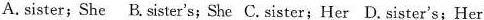
A. sister; She B. Sister's; She C.